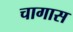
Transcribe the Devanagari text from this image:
चागास